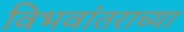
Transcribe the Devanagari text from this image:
विभवांतराच्या